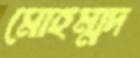
মোহম্মদ